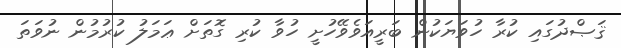
ޤަޞްދުގައި ކުރާ ހުވަޔަކުން ބަރީއަވެވޭހުށީ ހުވާ ކުރި ގޮތަށް ޢަމަލު ކުރުމުން ނުވަތަ